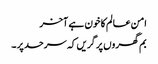
امن عالم کا خون ہے آخر
بم گھروں پر گریں کہ سرحد پر ۔